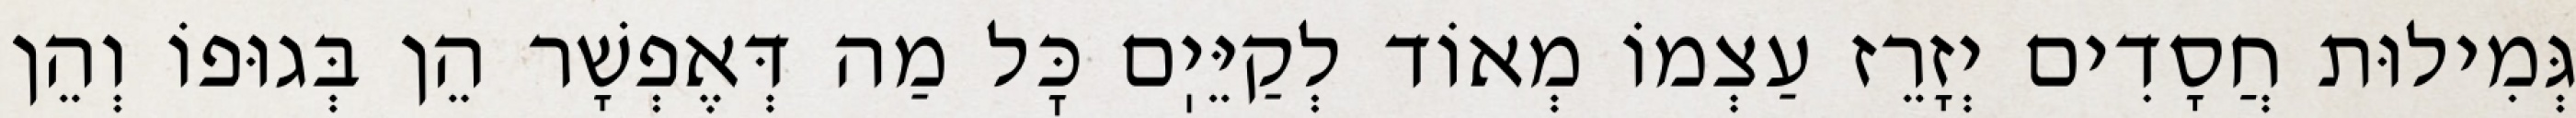
גְּמִילוּת חֲסָדִים יְזָרֵז עַצְמוֹ מְאוֹד לְקַיֵּיֽם כׇּל מַה דְּאֶפְשָׁר הֵן בְּגוּפוֹ וְהֵן